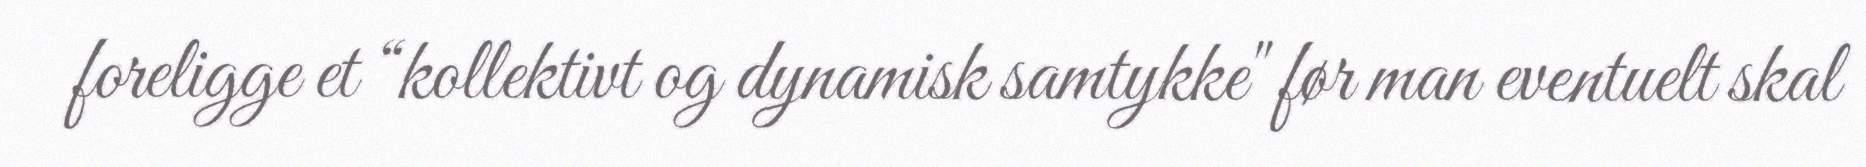
foreligge et “kollektivt og dynamisk samtykke" før man eventuelt skal